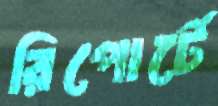
রিপোর্টে